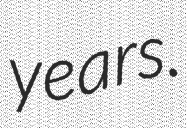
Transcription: years.